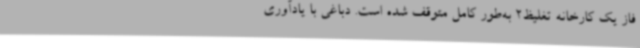
فاز یک کارخانه تغلیظ2 به‌طور کامل متوقف شده است. دباغی با یادآوری